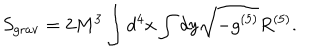
LaTeX: S _ { \mathrm { g r a v } } = 2 M ^ { 3 } \int d ^ { 4 } x \int d y \sqrt { - g ^ { ( 5 ) } } R ^ { ( 5 ) } .